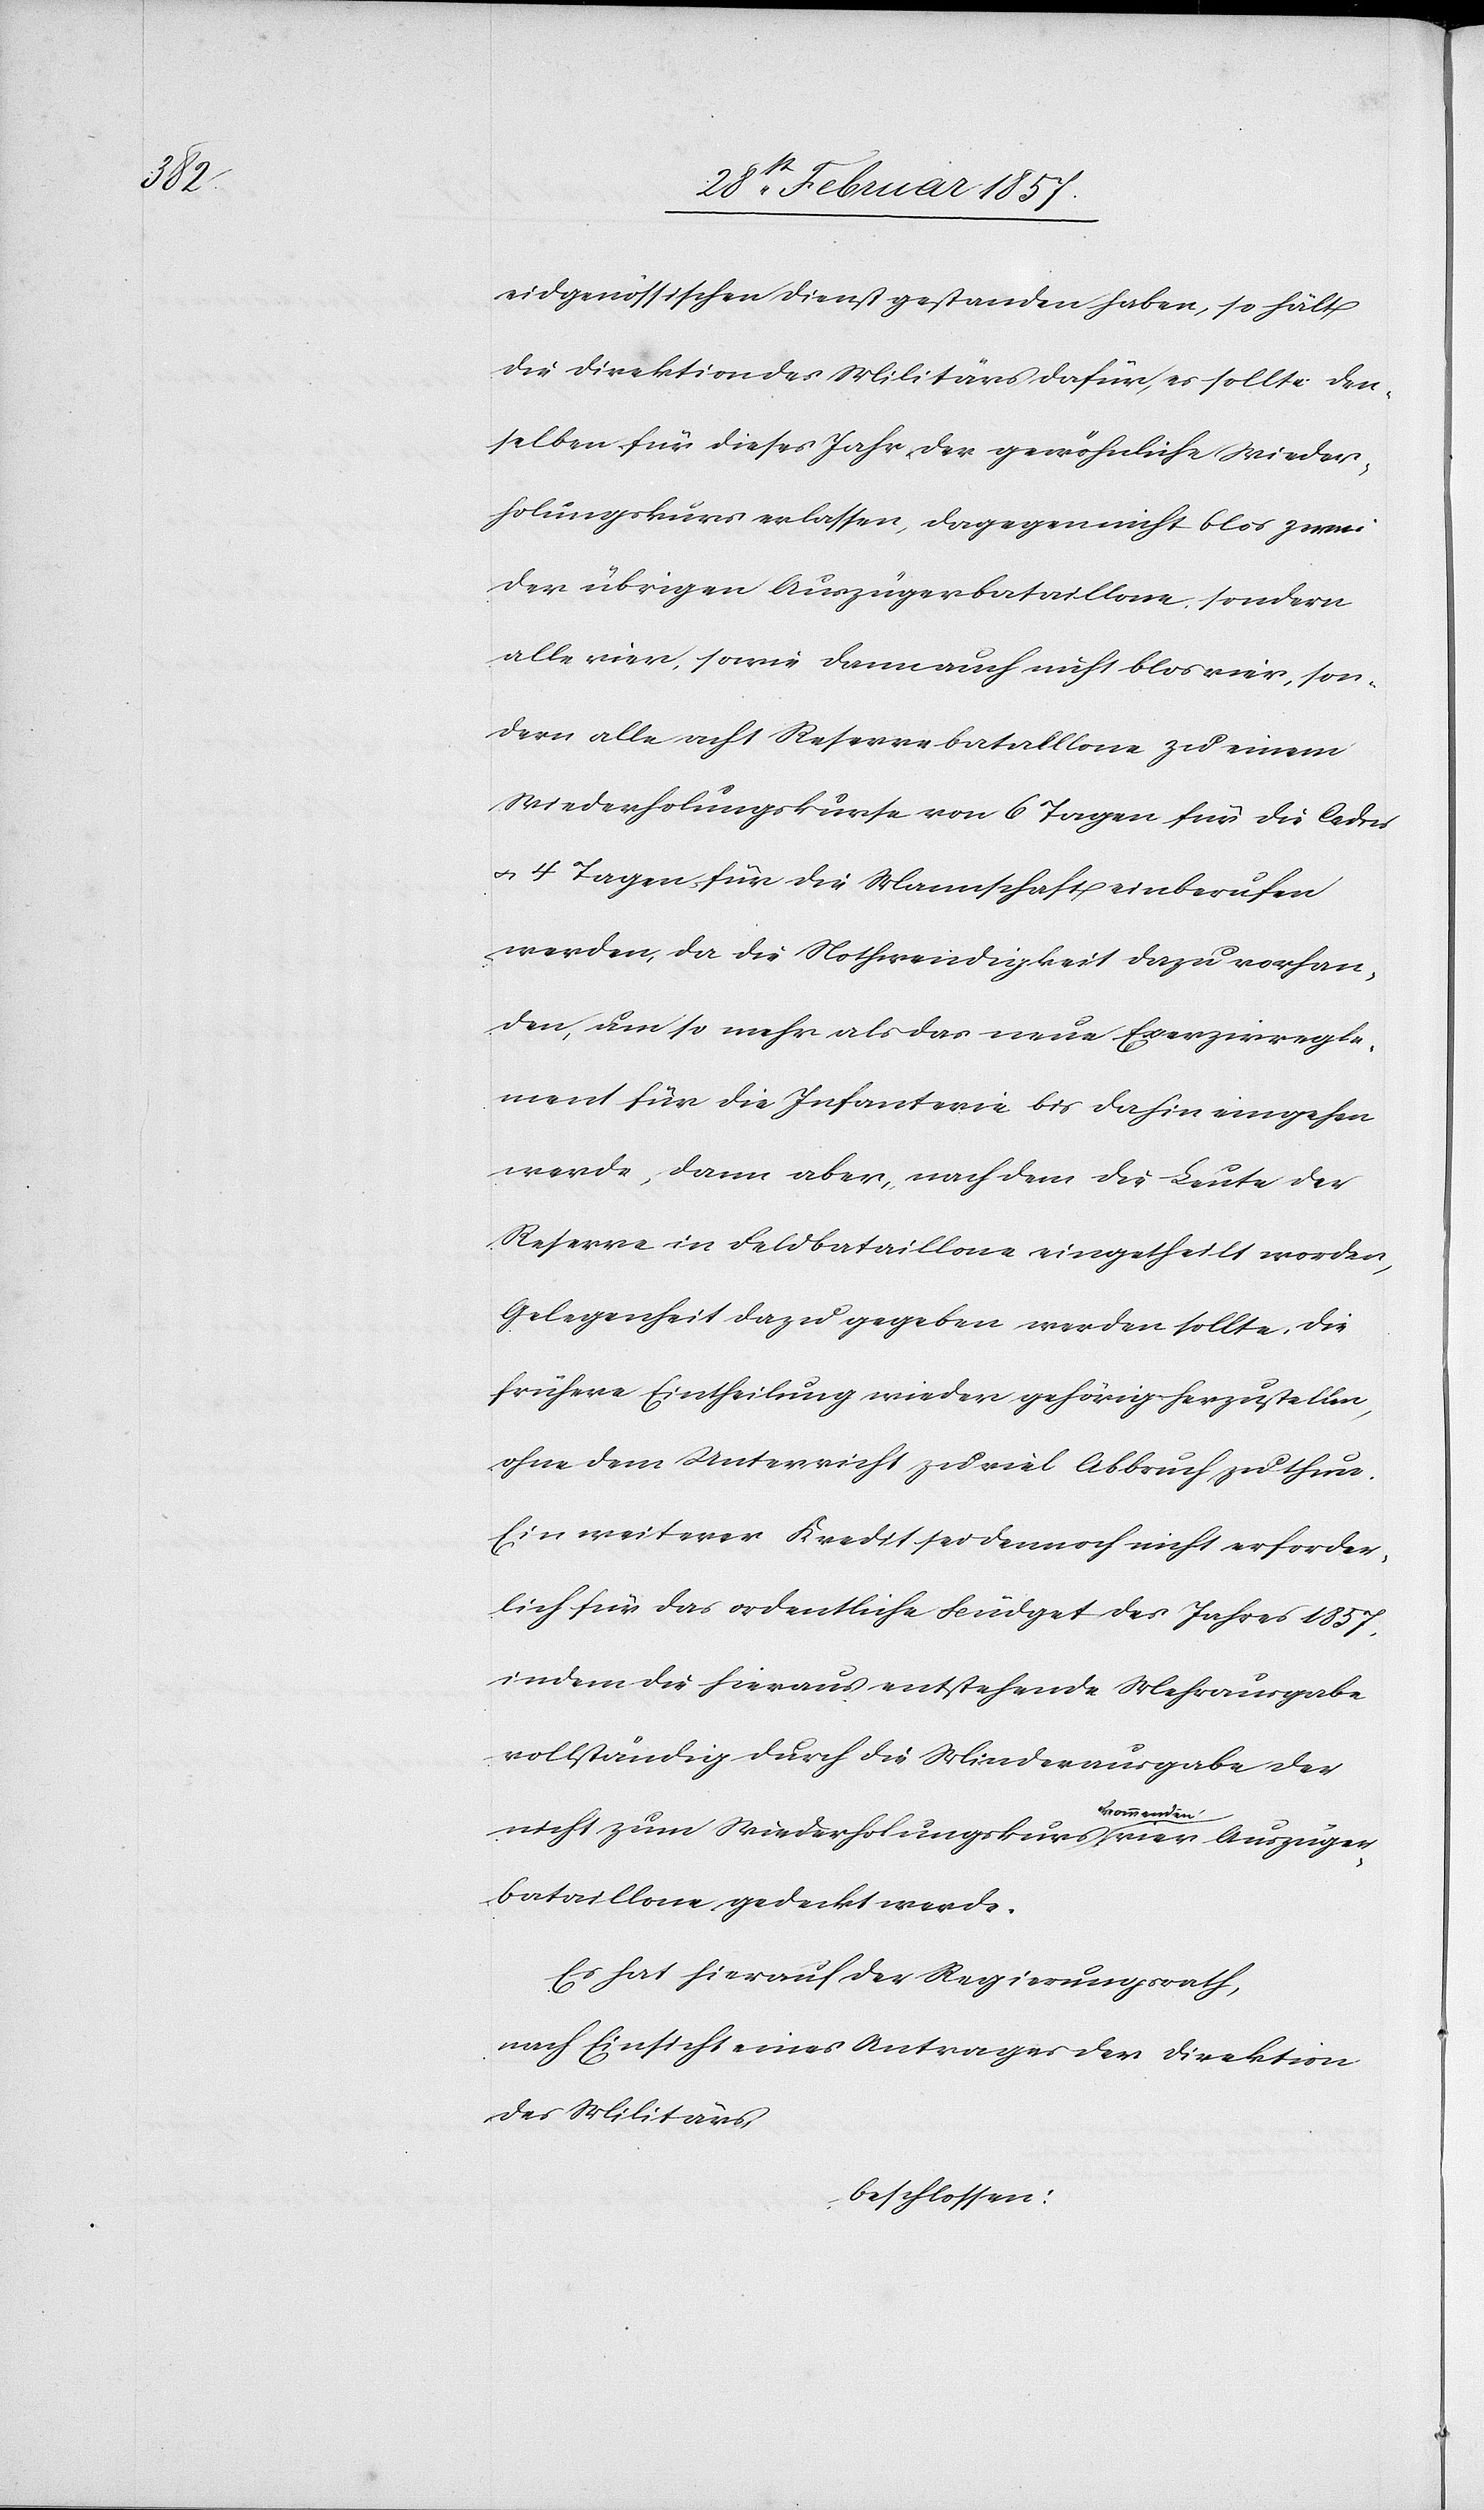
eidgenössischen Dienst gestanden haben, so hält
die Direktion des Militärs dafür, es sollte den¬
selben für dieses Jahr der gewöhnliche Wieder¬
holungskurs erlassen, dagegen nicht blos zwei
der übrigen Auszügerbataillone, sondern
alle vier, sowie dann auch nicht blos vier, son¬
dern alle acht Reservebataillone zu einem
Wiederholungskurse von 6 Tagen für die Cadres
u. 4 Tagen für die Mannschaft einberufen
werden, da die Nothwendigkeit dazu vorhan¬
den, um so mehr als das neue Exerzirregle¬
ment für die Infanterie bis dahin eingehen
werde, dann aber, nachdem die Leute der
Reserve in Feldbataillone eingetheilt worden,
Gelegenheit dazu gegeben werden sollte, die
frühere Eintheilung wieder gehörig herzustellen,
ohne dem Unterricht zu viel Abbruch zu thun.
Ein weiterer Kredit sei dennoch nicht erforder¬
lich für das ordentliche Büdget des Jahres 1857,
indem die hieraus entstehende Mehrausgabe
vollständig durch die Minderausgabe der
nicht zum Wiederholungskurs kommenden vier Auszüger¬
bataillone gedeckt werde.
Es hat hierauf der Regierungsrath,
nach Einsicht eines Antrages der Direktion
des Militärs,
beschlossen: